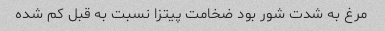
مرغ به شدت شور بود ضخامت پیتزا نسبت به قبل کم شده